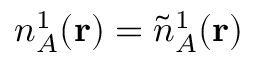
n _ { A } ^ { 1 } ( \mathbf { r } ) = \tilde { n } _ { A } ^ { 1 } ( \mathbf { r } )